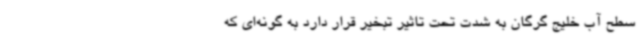
سطح آب خلیج گرگان به شدت تحت تاثیر تبخیر قرار دارد به گونه‌ای که